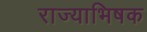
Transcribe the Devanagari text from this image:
राज्याभिषक